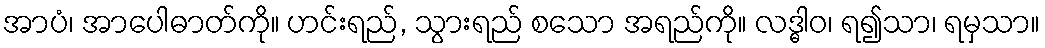
အာပံ၊ အာပေါဓာတ်ကို။ ဟင်းရည်, သွားရည် စသော အရည်ကို။ လဒ္ဓါဝ၊ ရ၍သာ၊ ရမှသာ။